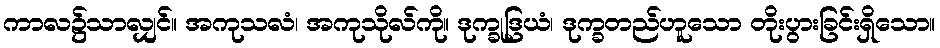
ကာလ၌သာလျှင်။ အကုသလံ၊ အကုသိုလ်ကို။ ဒုက္ခုဒြယံ၊ ဒုက္ခတည်ဟူသော တိုးပွားခြင်းရှိသော။